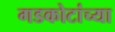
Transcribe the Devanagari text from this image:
गडकोटांच्या